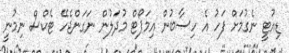
ޑިއުޓީ ނެގުމަށް ފަހު އެ ހިސާބުން އިމަޕޯޓް މުދަލުން ނަގަންޖެހޭ ޓެކްސް ނިމުނީ